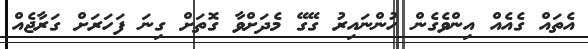
އެތައް ގެއެއް އިންވެގެން ހުންނައިރު ގޭގޭ މެދަށްވާ ގޮތަށް ގިނަ ފަހަރަށް ގަރާޖެއް